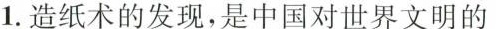
1.造纸术的发现，是中国对世界文明的